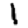
Digit: 1